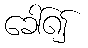
ခေါ်၍